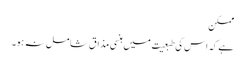
ممکن
ہے کہ اس کی طبعیت میں ہنسی مذاق شامل نہ ہو۔